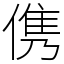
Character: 㑺